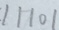
1 1 1 0 1